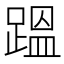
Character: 𮛴